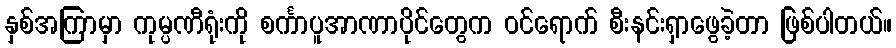
နှစ်အကြာမှာ ကုမ္ပဏီရုံးကို စင်္ကာပူအာဏာပိုင်တွေက ဝင်ရောက် စီးနင်းရှာဖွေခဲ့တာ ဖြစ်ပါတယ်။